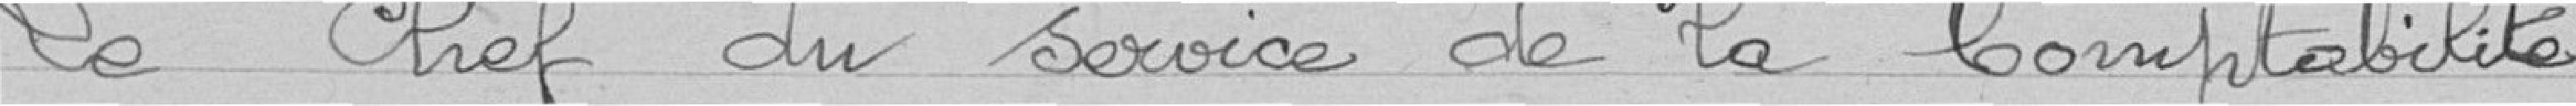
Le Chef du service de al Comptabilité